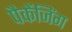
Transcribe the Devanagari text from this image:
पैकेंजिंग